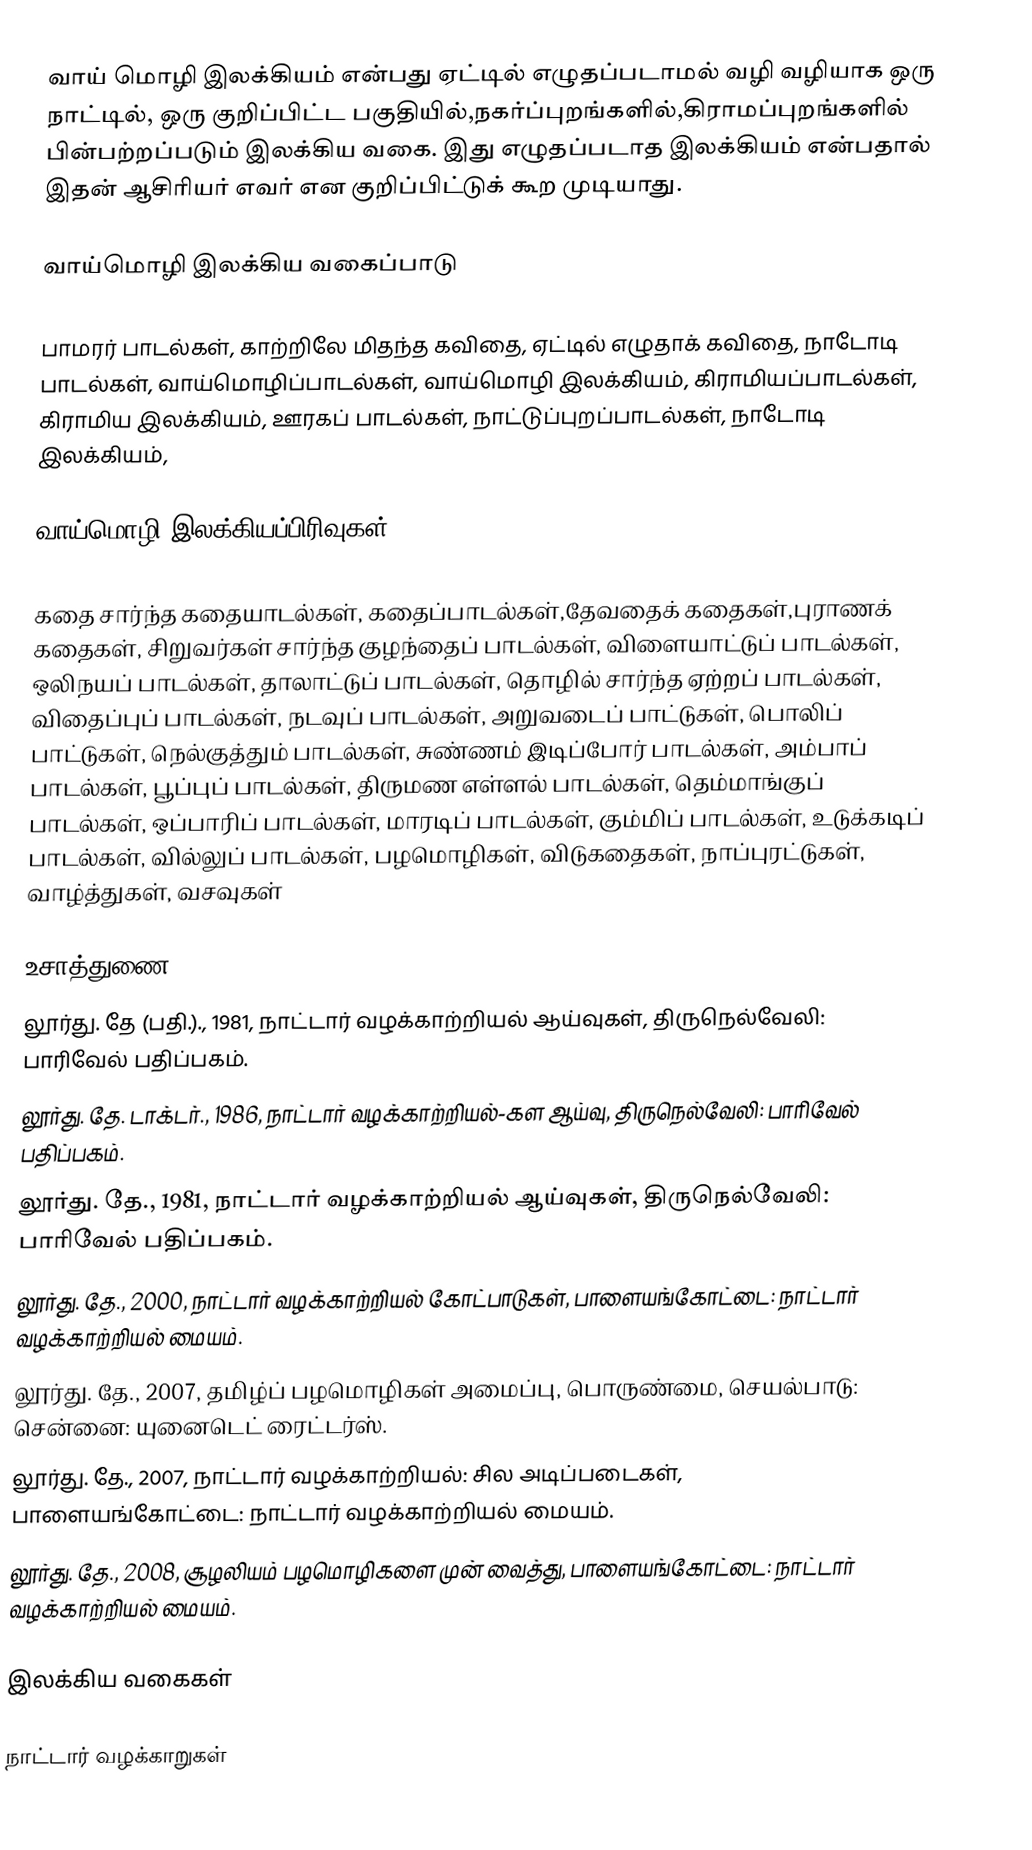
வாய் மொழி இலக்கியம் என்பது ஏட்டில் எழுதப்படாமல் வழி வழியாக ஒரு நாட்டில், ஒரு குறிப்பிட்ட பகுதியில்,நகர்ப்புறங்களில்,கிராமப்புறங்களில் பின்பற்றப்படும் இலக்கிய வகை. இது எழுதப்படாத இலக்கியம் என்பதால் இதன் ஆசிரியர் எவர் என குறிப்பிட்டுக் கூற முடியாது.

வாய்மொழி இலக்கிய வகைப்பாடு

பாமரர் பாடல்கள், காற்றிலே மிதந்த கவிதை, ஏட்டில் எழுதாக் கவிதை, நாடோடி பாடல்கள், வாய்மொழிப்பாடல்கள், வாய்மொழி இலக்கியம், கிராமியப்பாடல்கள், கிராமிய இலக்கியம், ஊரகப் பாடல்கள், நாட்டுப்புறப்பாடல்கள், நாடோடி இலக்கியம்,

வாய்மொழி இலக்கியப்பிரிவுகள்

கதை சார்ந்த கதையாடல்கள், கதைப்பாடல்கள்,தேவதைக் கதைகள்,புராணக் கதைகள், சிறுவர்கள் சார்ந்த குழந்தைப் பாடல்கள், விளையாட்டுப் பாடல்கள், ஒலிநயப் பாடல்கள், தாலாட்டுப் பாடல்கள், தொழில் சார்ந்த ஏற்றப் பாடல்கள், விதைப்புப் பாடல்கள், நடவுப் பாடல்கள், அறுவடைப் பாட்டுகள், பொலிப் பாட்டுகள், நெல்குத்தும் பாடல்கள், சுண்ணம் இடிப்போர் பாடல்கள், அம்பாப் பாடல்கள், பூப்புப் பாடல்கள், திருமண எள்ளல் பாடல்கள், தெம்மாங்குப் பாடல்கள், ஒப்பாரிப் பாடல்கள், மாரடிப் பாடல்கள், கும்மிப் பாடல்கள், உடுக்கடிப் பாடல்கள், வில்லுப் பாடல்கள்,  பழமொழிகள், விடுகதைகள், நாப்புரட்டுகள், வாழ்த்துகள், வசவுகள்

உசாத்துணை
லூர்து. தே (பதி.)., 1981, நாட்டார் வழக்காற்றியல் ஆய்வுகள், திருநெல்வேலி: பாரிவேல் பதிப்பகம்.
லூர்து. தே. டாக்டர்., 1986, நாட்டார் வழக்காற்றியல்-கள ஆய்வு, திருநெல்வேலி: பாரிவேல் பதிப்பகம்.
லூர்து. தே., 1981, நாட்டார் வழக்காற்றியல் ஆய்வுகள், திருநெல்வேலி: பாரிவேல் பதிப்பகம்.
லூர்து. தே., 2000, நாட்டார் வழக்காற்றியல் கோட்பாடுகள், பாளையங்கோட்டை: நாட்டார் வழக்காற்றியல் மையம்.
லூர்து. தே., 2007, தமிழ்ப் பழமொழிகள் அமைப்பு, பொருண்மை, செயல்பாடு: சென்னை: யுனைடெட் ரைட்டர்ஸ்.
லூர்து. தே., 2007, நாட்டார் வழக்காற்றியல்: சில அடிப்படைகள், பாளையங்கோட்டை: நாட்டார் வழக்காற்றியல் மையம்.
லூர்து. தே., 2008, சூழலியம் பழமொழிகளை முன் வைத்து, பாளையங்கோட்டை: நாட்டார் வழக்காற்றியல் மையம்.

இலக்கிய வகைகள்

நாட்டார் வழக்காறுகள்